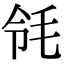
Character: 𣬹